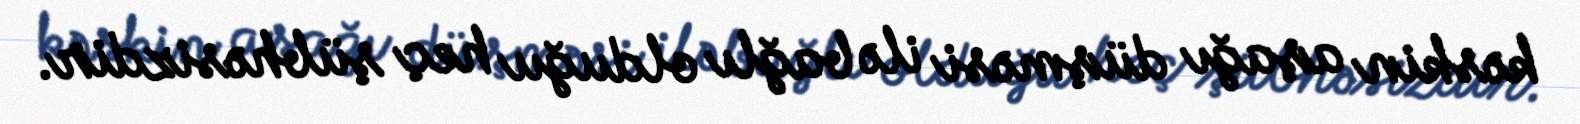
kəskin aşağı düşməsi ilə bağlı olduğu heç şübhəsizdir.